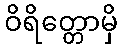
ဝိရိတ္တောမှိ